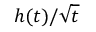
h ( t ) / \sqrt { t }